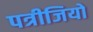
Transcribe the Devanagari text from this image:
पत्रीजियो